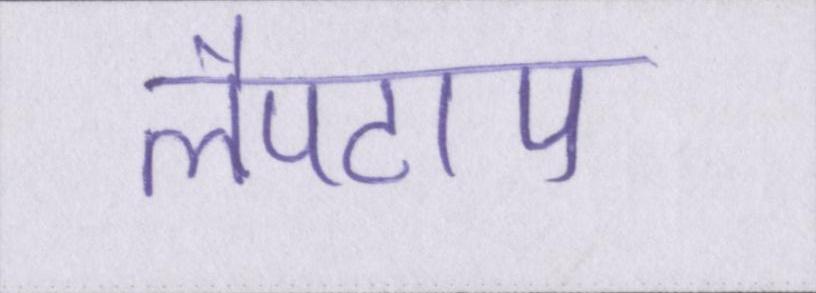
लैपटाप